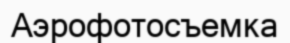
Аэрофотосъемка